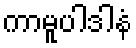
ကာမူပါဒါနံ